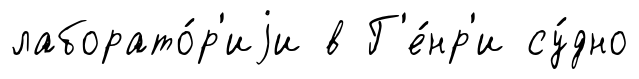
лаборато́р'иjи в Г'е́нр'и су́дно